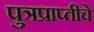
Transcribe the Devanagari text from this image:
पुत्रप्राप्‍तीचे